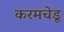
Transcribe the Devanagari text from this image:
करमचेडू